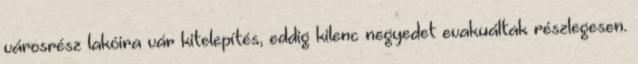
városrész lakóira vár kitelepítés, eddig kilenc negyedet evakuáltak részlegesen.